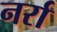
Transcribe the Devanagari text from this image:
नर्रा